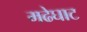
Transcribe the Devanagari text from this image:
मढेघाट